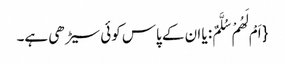
{ اَمْ لَهُمْ سُلَّمٌ: یا ان کے پاس کوئی سیڑھی ہے۔